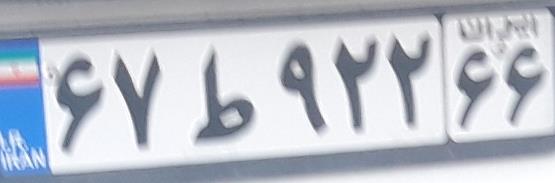
۶۷ط۹۲۲۶۶